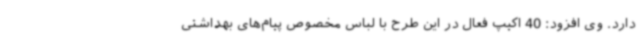
دارد. وی افزود: 40 اکیپ فعال در این طرح با لباس مخصوص پیام‌های بهداشتی